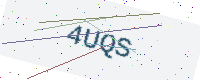
Text: 4UQS